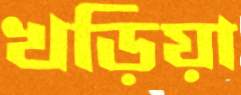
খড়িয়া